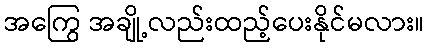
အကြွေ အချို့လည်းထည့်ပေးနိုင်မလား။